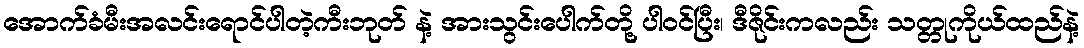
အောက်ခံမီးအလင်းရောင်ပါတဲ့ကီးဘုတ် နဲ့ အားသွင်းပေါက်တို့ ပါဝင်ပြီး၊ ဒီဇိုင်းကလည်း သတ္တုကိုယ်ထည်နဲ့